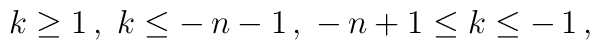
\:k \geq 1 \,, \; k \leq -\,n - 1 \,, \; -\,n + 1 \leq k \leq  -\,1 \,,\: